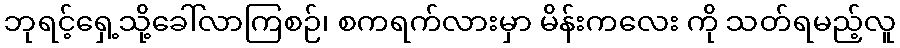
ဘုရင့်ရှေ့သို့ခေါ်လာကြစဉ်၊ စကရက်လားမှာ မိန်းကလေး ကို သတ်ရမည့်လူ